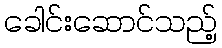
ခေါင်းဆောင်သည့်